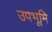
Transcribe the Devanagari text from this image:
उपभूमि